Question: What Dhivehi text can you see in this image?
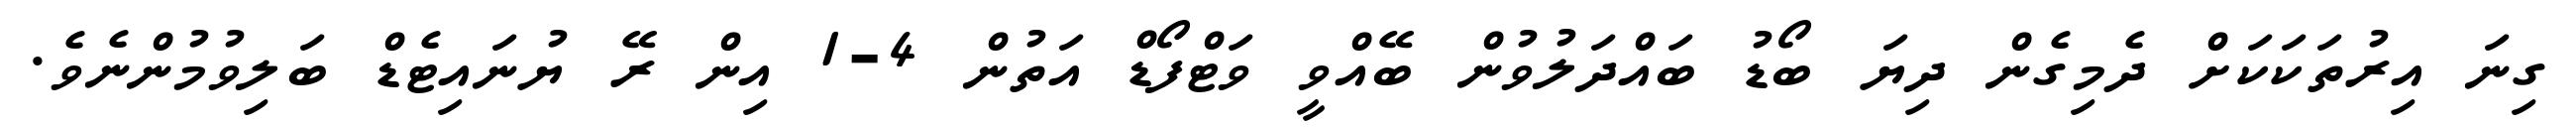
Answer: ގިނަ އިރުތަކަކަށް ދެމިގެން ދިޔަ ބޯޑު ބައްދަލުވުން ބޭއްވީ ވަޓްފޯޑް އަތުން 4-1 އިން ރޭ ޔުނައިޓެޑް ބަލިވުމުންނެވެ.